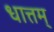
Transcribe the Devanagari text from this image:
धात्तम्‌